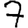
Digit: 7